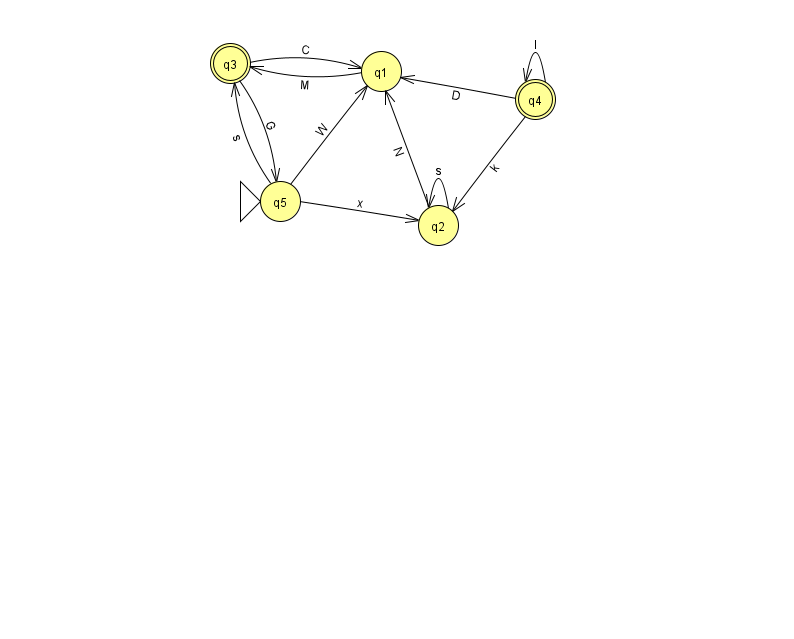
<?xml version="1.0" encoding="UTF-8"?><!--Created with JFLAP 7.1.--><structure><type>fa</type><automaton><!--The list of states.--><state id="1" name="q1"><x>381.0</x><y>58.0</y></state><state id="2" name="q2"><x>438.0</x><y>212.0</y></state><state id="3" name="q3"><x>230.0</x><y>50.0</y><final/></state><state id="4" name="q4"><x>535.0</x><y>86.0</y><final/></state><state id="5" name="q5"><x>280.0</x><y>188.0</y><initial/></state><!--The list of transitions.--><transition><from>1</from><to>3</to><read>M</read></transition><transition><from>2</from><to>2</to><read>s</read></transition><transition><from>5</from><to>1</to><read>W</read></transition><transition><from>4</from><to>1</to><read>D</read></transition><transition><from>5</from><to>2</to><read>x</read></transition><transition><from>5</from><to>3</to><read>s</read></transition><transition><from>4</from><to>4</to><read>I</read></transition><transition><from>2</from><to>1</to><read>N</read></transition><transition><from>3</from><to>1</to><read>C</read></transition><transition><from>3</from><to>5</to><read>G</read></transition><transition><from>4</from><to>2</to><read>k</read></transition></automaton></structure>